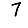
Digit: 7